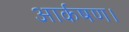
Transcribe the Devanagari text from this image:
आर्कषण।